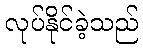
လုပ်နိုင်ခဲ့သည်